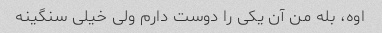
اوه، بله من آن یکی را دوست دارم ولی خیلی سنگینه